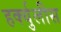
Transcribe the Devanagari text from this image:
हर्क्युलीस